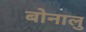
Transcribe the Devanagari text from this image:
बोनालु